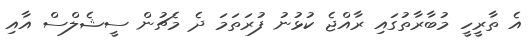
އެ ތާރީހީ މުބާރާތުގައި ރާއްޖެ ކުޅުނު ފުރަތަމަ ދެ މެޗުން ސީޝެލްސް އާއި